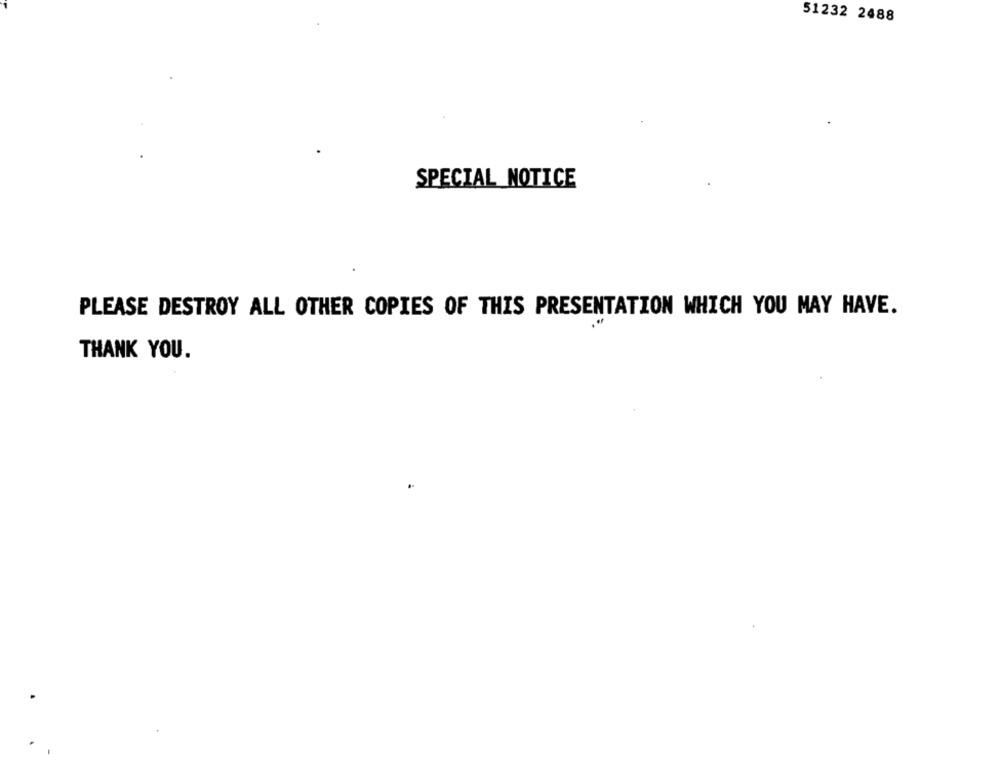
51232 2488
SPECIAL NOTICE
PLEASE DESTROY ALL OTHER COPIES OF THIS PRESENTATION WHICH YOU MAY HAVE.
THANK YOU.